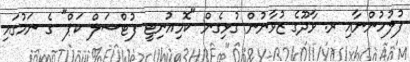
ފުލުހުންނާއި ރ. ވާދޫގެ ޒުވާނުން ގުޅިގެން "ކޮމިއުނިޓީ ފުޓްސަލް ކަޕް" ގެ ނަމުގައި